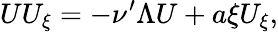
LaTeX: UU_{\xi}=-\nu^{\prime}\Lambda U+a\xi U_{\xi},